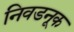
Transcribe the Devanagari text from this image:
निवडनूक